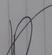
Signature authenticity: forged